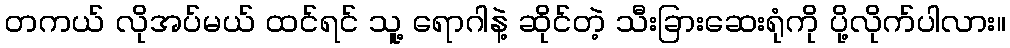
တကယ် လိုအပ်မယ် ထင်ရင် သူ့ ရောဂါနဲ့ ဆိုင်တဲ့ သီးခြားဆေးရုံကို ပို့လိုက်ပါလား။